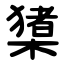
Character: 橥